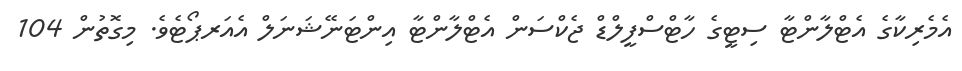
އެމެރިކާގެ އެޓްލާންޓާ ސިޓީގެ ހާޓްސްފީލްޑް ޖެކްސަން އެޓްލާންޓާ އިންޓަނޭޝަނަލް އެއަރޕޯޓެވެ. މިގޮތުން 104